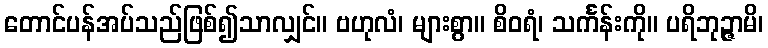
တောင်ပန်အပ်သည်ဖြစ်၍သာလျှင်။ ဗဟုလံ၊ များစွာ။ စိဝရံ၊ သင်္ကန်းကို။ ပရိဘုဉ္ဇာမိ၊